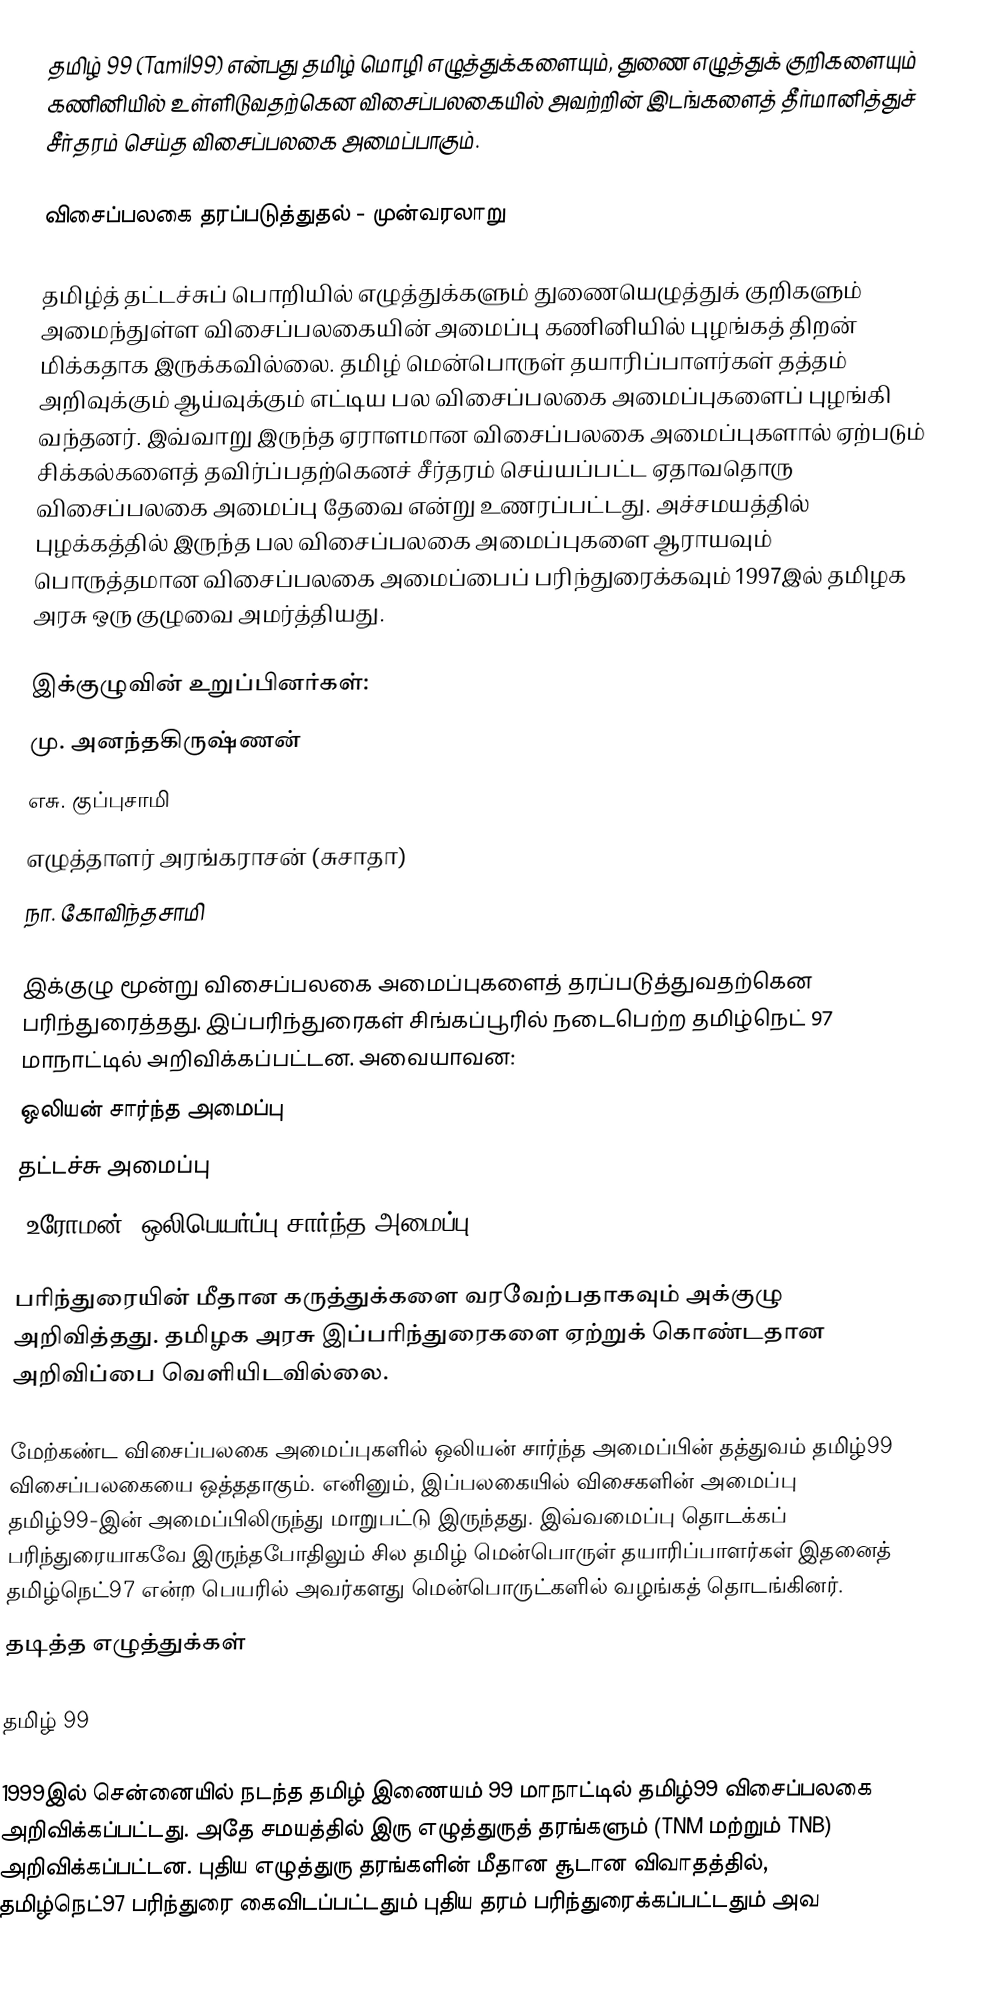
தமிழ் 99 (Tamil99) என்பது தமிழ் மொழி எழுத்துக்களையும், துணை எழுத்துக் குறிகளையும் கணினியில் உள்ளிடுவதற்கென விசைப்பலகையில் அவற்றின் இடங்களைத் தீர்மானித்துச் சீர்தரம் செய்த  விசைப்பலகை அமைப்பாகும்.

விசைப்பலகை தரப்படுத்துதல் - முன்வரலாறு

தமிழ்த் தட்டச்சுப் பொறியில் எழுத்துக்களும் துணையெழுத்துக் குறிகளும் அமைந்துள்ள விசைப்பலகையின் அமைப்பு கணினியில் புழங்கத் திறன் மிக்கதாக இருக்கவில்லை.  தமிழ் மென்பொருள் தயாரிப்பாளர்கள் தத்தம் அறிவுக்கும் ஆய்வுக்கும் எட்டிய பல விசைப்பலகை அமைப்புகளைப் புழங்கி வந்தனர்.  இவ்வாறு இருந்த ஏராளமான விசைப்பலகை அமைப்புகளால் ஏற்படும் சிக்கல்களைத் தவிர்ப்பதற்கெனச் சீர்தரம் செய்யப்பட்ட ஏதாவதொரு விசைப்பலகை அமைப்பு தேவை என்று உணரப்பட்டது. அச்சமயத்தில் புழக்கத்தில் இருந்த பல விசைப்பலகை அமைப்புகளை ஆராயவும் பொருத்தமான விசைப்பலகை அமைப்பைப் பரிந்துரைக்கவும் 1997இல் தமிழக அரசு ஒரு குழுவை அமர்த்தியது.

இக்குழுவின் உறுப்பினர்கள்:
 மு. அனந்தகிருஷ்ணன்
 எசு. குப்புசாமி
 எழுத்தாளர் அரங்கராசன் (சுசாதா)
 நா. கோவிந்தசாமி

இக்குழு மூன்று விசைப்பலகை அமைப்புகளைத் தரப்படுத்துவதற்கென பரிந்துரைத்தது.   இப்பரிந்துரைகள் சிங்கப்பூரில் நடைபெற்ற தமிழ்நெட் 97 மாநாட்டில் அறிவிக்கப்பட்டன.  அவையாவன:
 ஒலியன் சார்ந்த அமைப்பு
 தட்டச்சு அமைப்பு
 (உரோமன்) ஒலிபெயர்ப்பு சார்ந்த அமைப்பு

பரிந்துரையின் மீதான கருத்துக்களை வரவேற்பதாகவும் அக்குழு அறிவித்தது.  தமிழக அரசு இப்பரிந்துரைகளை ஏற்றுக் கொண்டதான அறிவிப்பை வெளியிடவில்லை.

மேற்கண்ட விசைப்பலகை அமைப்புகளில் ஒலியன் சார்ந்த அமைப்பின் தத்துவம் தமிழ்99 விசைப்பலகையை ஒத்ததாகும்.  எனினும், இப்பலகையில் விசைகளின் அமைப்பு தமிழ்99-இன் அமைப்பிலிருந்து மாறுபட்டு இருந்தது.  இவ்வமைப்பு தொடக்கப் பரிந்துரையாகவே இருந்தபோதிலும் சில தமிழ் மென்பொருள் தயாரிப்பாளர்கள் இதனைத் தமிழ்நெட்97 என்ற பெயரில் அவர்களது மென்பொருட்களில் வழங்கத் தொடங்கினர்.
தடித்த எழுத்துக்கள்

தமிழ் 99

1999இல் சென்னையில் நடந்த தமிழ் இணையம் 99 மாநாட்டில் தமிழ்99 விசைப்பலகை அறிவிக்கப்பட்டது. அதே சமயத்தில் இரு எழுத்துருத் தரங்களும் (TNM மற்றும் TNB) அறிவிக்கப்பட்டன.  புதிய எழுத்துரு தரங்களின் மீதான சூடான விவாதத்தில், தமிழ்நெட்97 பரிந்துரை கைவிடப்பட்டதும் புதிய தரம் பரிந்துரைக்கப்பட்டதும் அவ